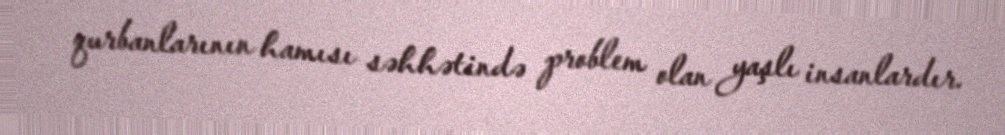
qurbanlarının hamısı səhhətində problem olan yaşlı insanlardır.